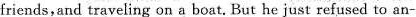
friends,and traveling on a boat.But he just refused to an-